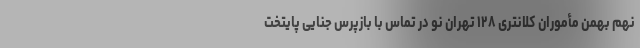
نهم بهمن مأموران کلانتری ۱۲۸ تهران نو در تماس با بازپرس جنایی پایتخت